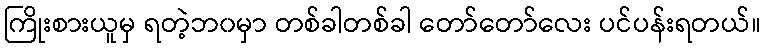
ကြိုးစားယူမှ ရတဲ့ဘ၀မှာ တစ်ခါတစ်ခါ တော်တော်လေး ပင်ပန်းရတယ်။